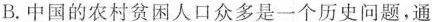
B.中国的农村贫困人口众多是一个历史问题，通